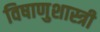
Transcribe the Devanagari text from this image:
विषाणुशास्त्री